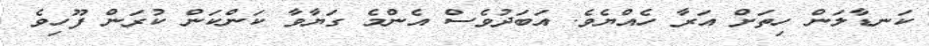
ކަނޑާލަން ހިތަށް އަރާ ހެއްޔެވެ. އަބަދުވެސް އެންމެ ގަޔާވާ ކަންކަން ކުރަން ފޫހިވެ